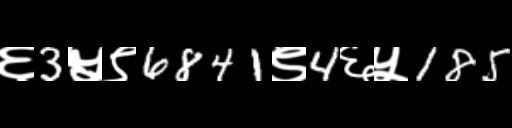
Text: ६3५९6841९4६५185